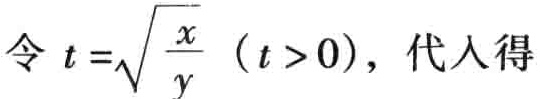
令 \(t = \sqrt{\frac{x}{y}}\ (t > 0)\)，代入得